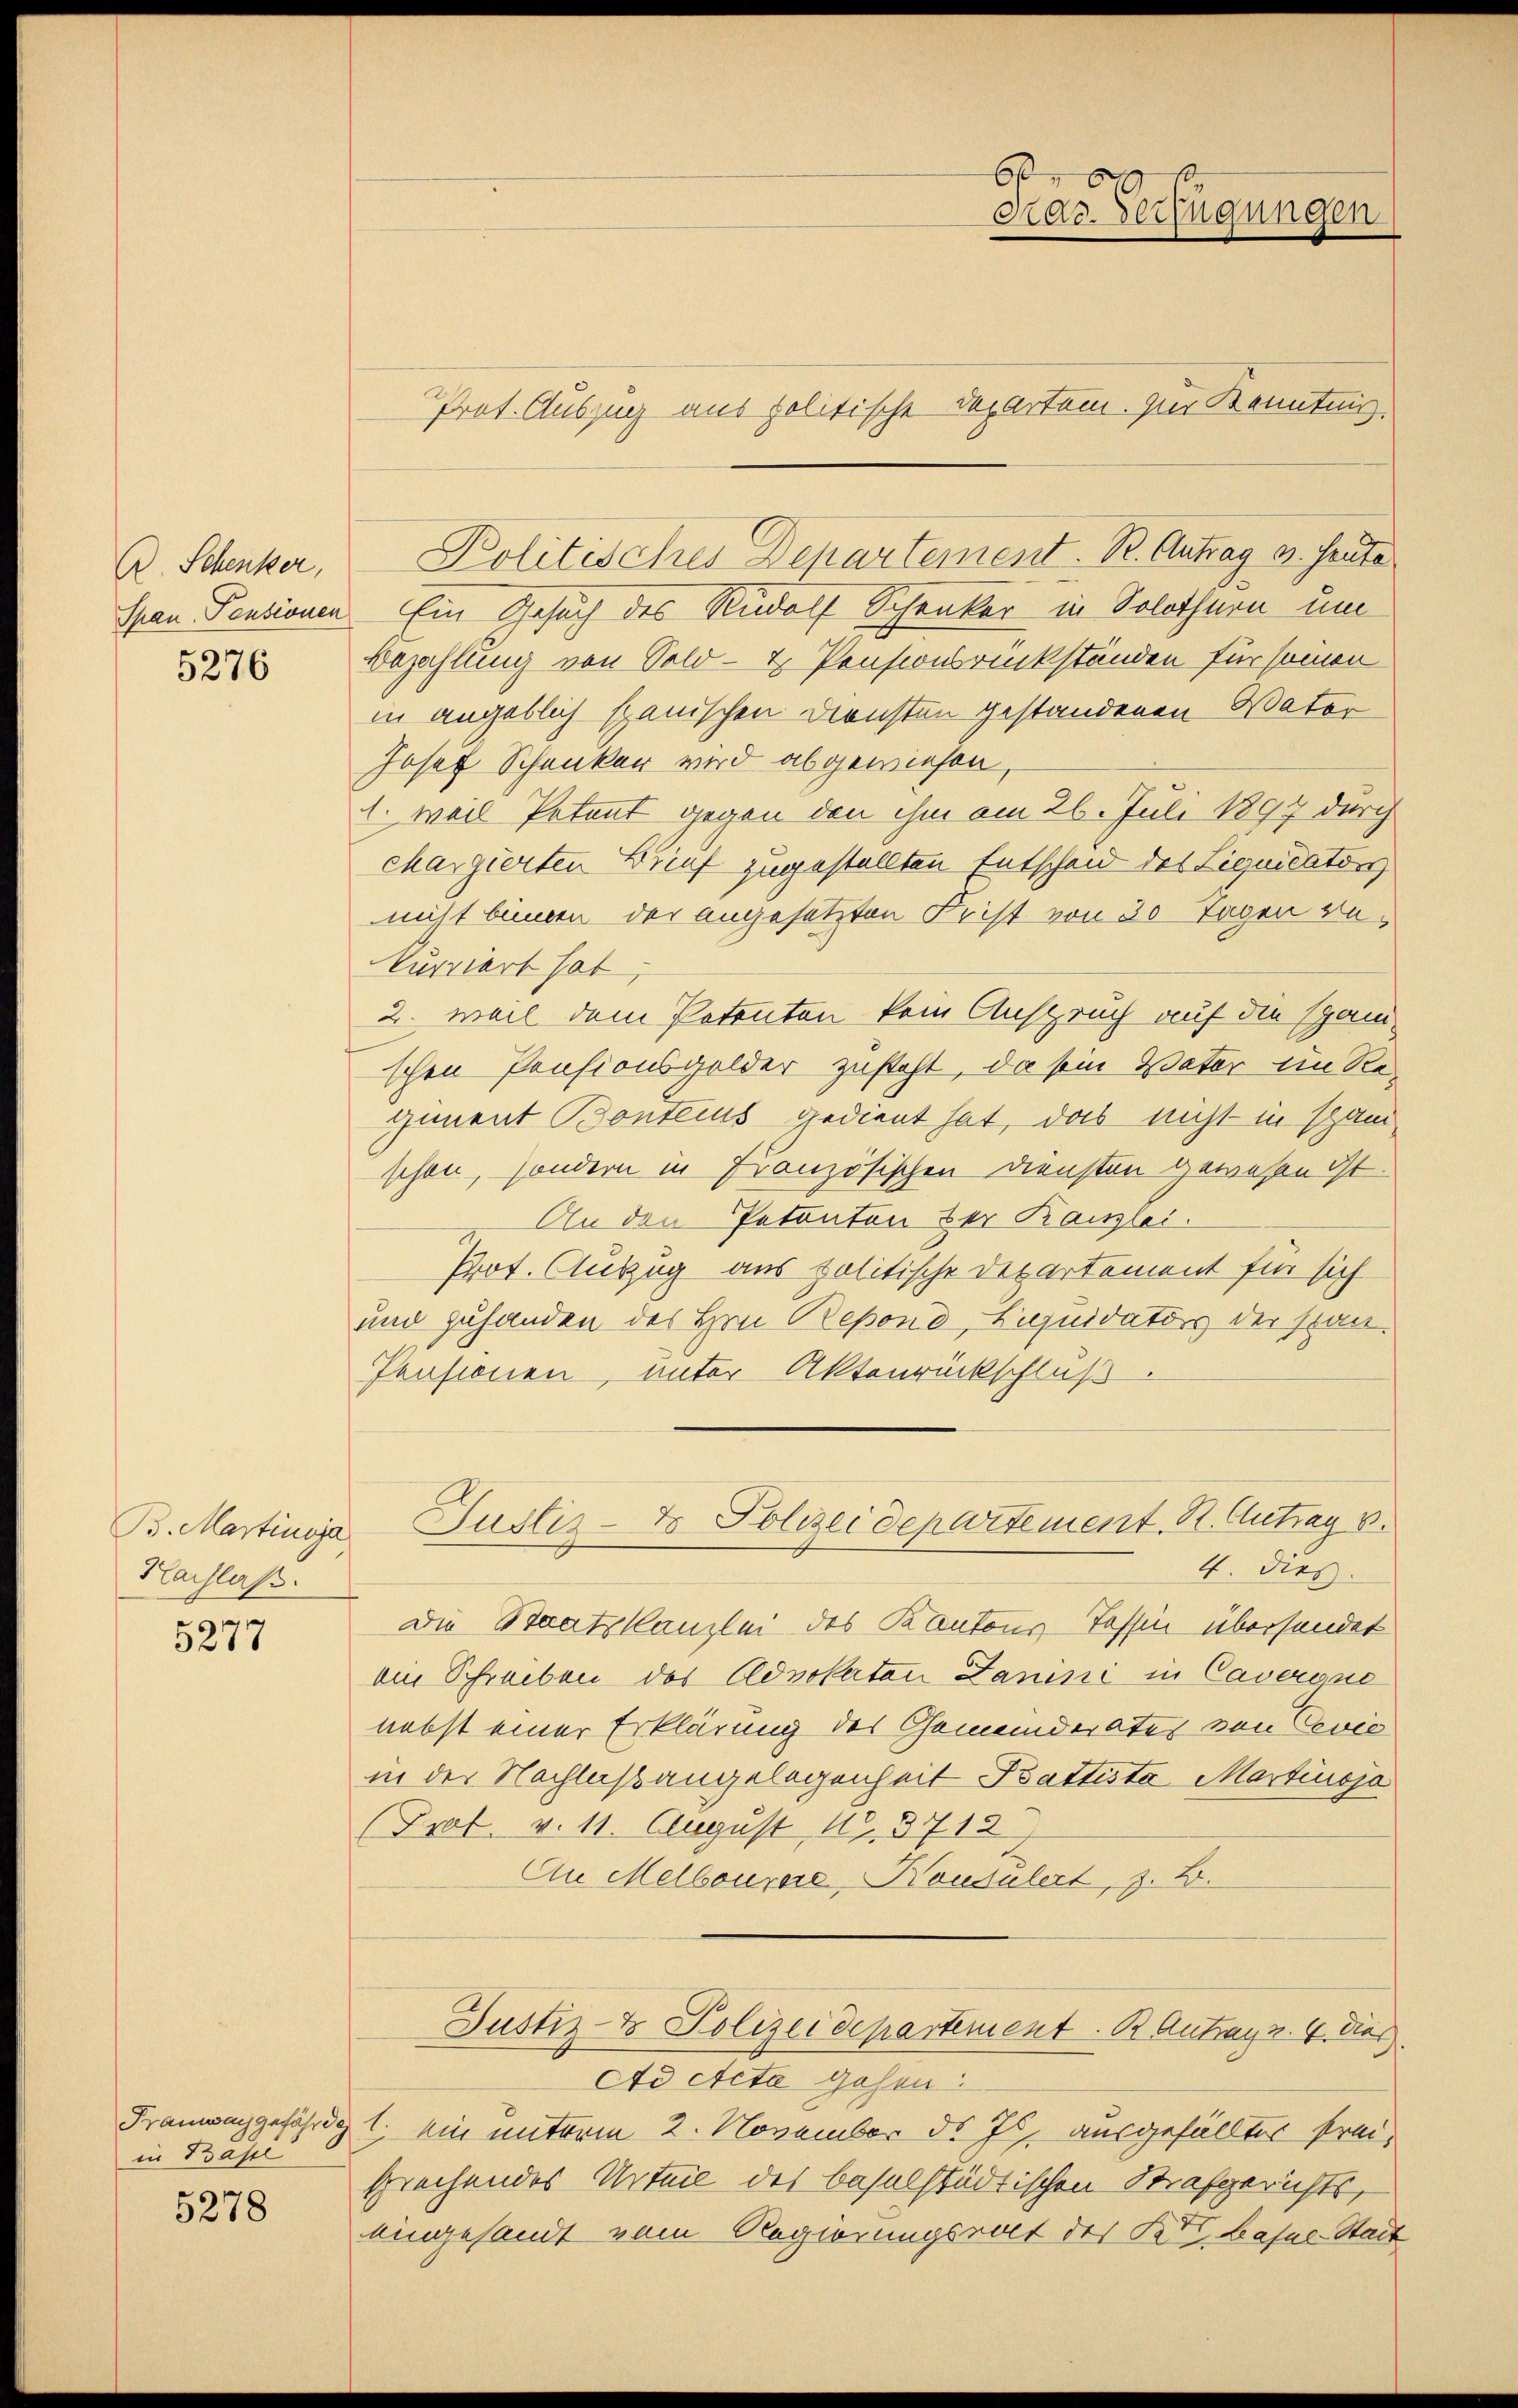
A. Schenker,
5276

B. Martinja
Hachlaß.

5277

in Pässe

5278

6
dar. Verfügungen
Pret. Auszug aus politische Departei. Zur Kenntnis.

Span Pensionen Ein Gesuch des Rudolf Schenker in Solothurn um
Bezahlung von Sold- & Pensionsrückständen für seinen
in angeblich spanischen Diensten gestandenen Vater
Josef Schanker wird abgewiesen,
1. weil Petent gegen den ihm am 26. Juli 1897 durch
chargierten Brief zugestellten Entscheid des Liquidators
nicht binnen der angesetzten Frist von 20 Tagen rekurriert hat,
2. weil dem Petenten kein Anspruch auf die span-
schen Pensionsgelder zusteht, da sein Vater im Regiment Bontenus gedient hat, das nicht in span
schon, sondern in Französischen Diensten gewesen ist.
 An den Petenten der Kanzlei.
Prot. Auszug aus politische Departement für sich
und zuhanden des Hrn. Besond, Liquidatus der Stan¬
Pensionen, unter Aktenrückschluß
Justiz- & Polizeidepartement. B. Antrag v.
4. Dies
Die Staatskanzlei des Kantons-Tessin übersendet
ein Schreiben des Advokaten Janini in Caverinis
nebst einer Erklärung des Gemeinderates von Cević
in der Nachlaßangelegenheit Battista Martinsja
(Pral. v. 11. August 193712)
An Melbourer Noudulert, z. B.
Justiz- & Polizeidepartement. B. Antrags. 4 dies
Ad Acta gehen:
Frauwaggefährig l. ein unterm 2. November d. Js. ausgefällter Preisprechendes Urteil des baselstädtischen Strafgerichts,
eingesandt vom Regierungsrat des Kts. Basel-Stadt

Politisches Departement. B. Antrag v. Heute